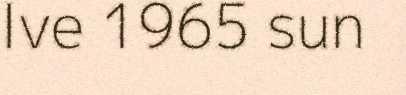
Ive 1965 sun